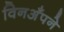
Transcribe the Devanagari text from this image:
विनअँपने